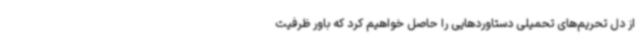
از دل تحریم‌های تحمیلی دستاوردهایی را حاصل خواهیم کرد که باور ظرفیت